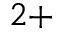
^ { 2 + }